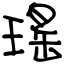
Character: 瑤